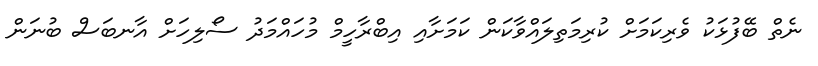
ނެތް ބޭފުޅަކު ވެރިކަމަށް ކުރިމަތިލައްވާކަން ކަަމަށާއި އިބްރާހީމް މުހައްމަދު ސޯލިހަށް އާނބަސް ބުނަން